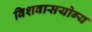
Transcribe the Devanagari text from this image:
विशवासयोग्य